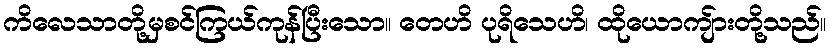
ကိလေသာတို့မှစင်ကြယ်ကုန်ပြီးသော။ တေဟိ ပုရိသေဟိ၊ ထိုယောကျ်ားတို့သည်။